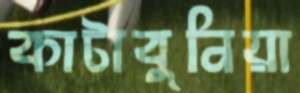
কাটাবুনিয়া